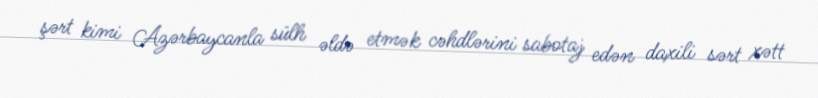
şərt kimi Azərbaycanla sülh əldə etmək cəhdlərini sabotaj edən daxili sərt xətt